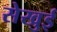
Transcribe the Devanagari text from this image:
सेखुई